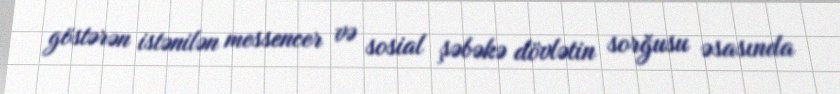
göstərən istənilən messencer və sosial şəbəkə dövlətin sorğusu əsasında